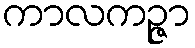
ကာလကဉ္ဇာ